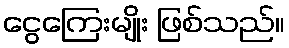
ငွေကြေးမျိုး ဖြစ်သည်။